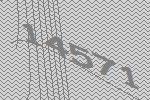
14571